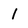
Character: l